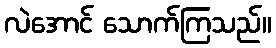
လဲအောင် သောက်ကြသည်။